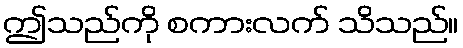
ဤသည်ကို စကားလက် သိသည်။